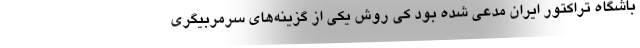
باشگاه تراکتور ایران مدعی شده بود کی روش یکی از گزینه‌های سرمربیگری